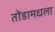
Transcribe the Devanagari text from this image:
तोंडामधला